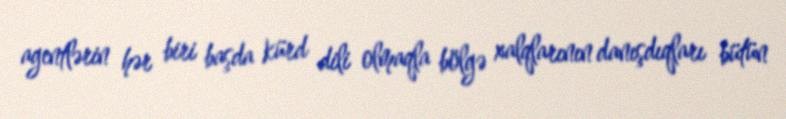
agentlərin hər biri başda kürd dili olmaqla bölgə xalqlarının danışdıqları bütün